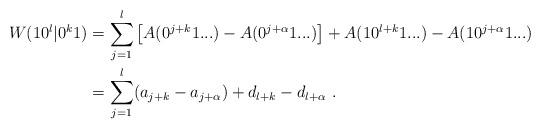
LaTeX: \begin{align*}W(10^l|0^k1) &= \sum_{j=1}^l \left[ A(0^{j+k}1...) - A(0^{j+\alpha}1...) \right] + A (10^{l+k}1...) - A(10^{j+\alpha}1...) \\&= \sum_{j=1}^l (a_{j+k} - a_{j+\alpha}) + d_{l+k} - d_{l+\alpha} \ .\end{align*}